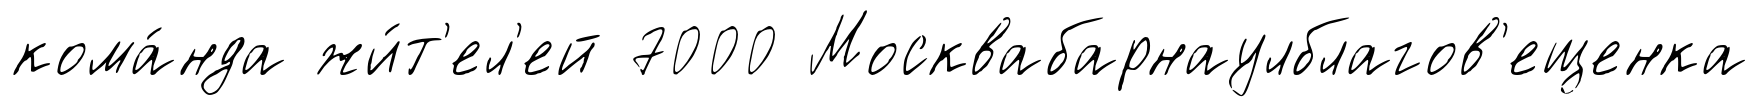
кома́нда жи́т'ел'ей 7000 Москвабарнаулблагов'ещенка